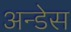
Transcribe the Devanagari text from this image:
अन्डेस